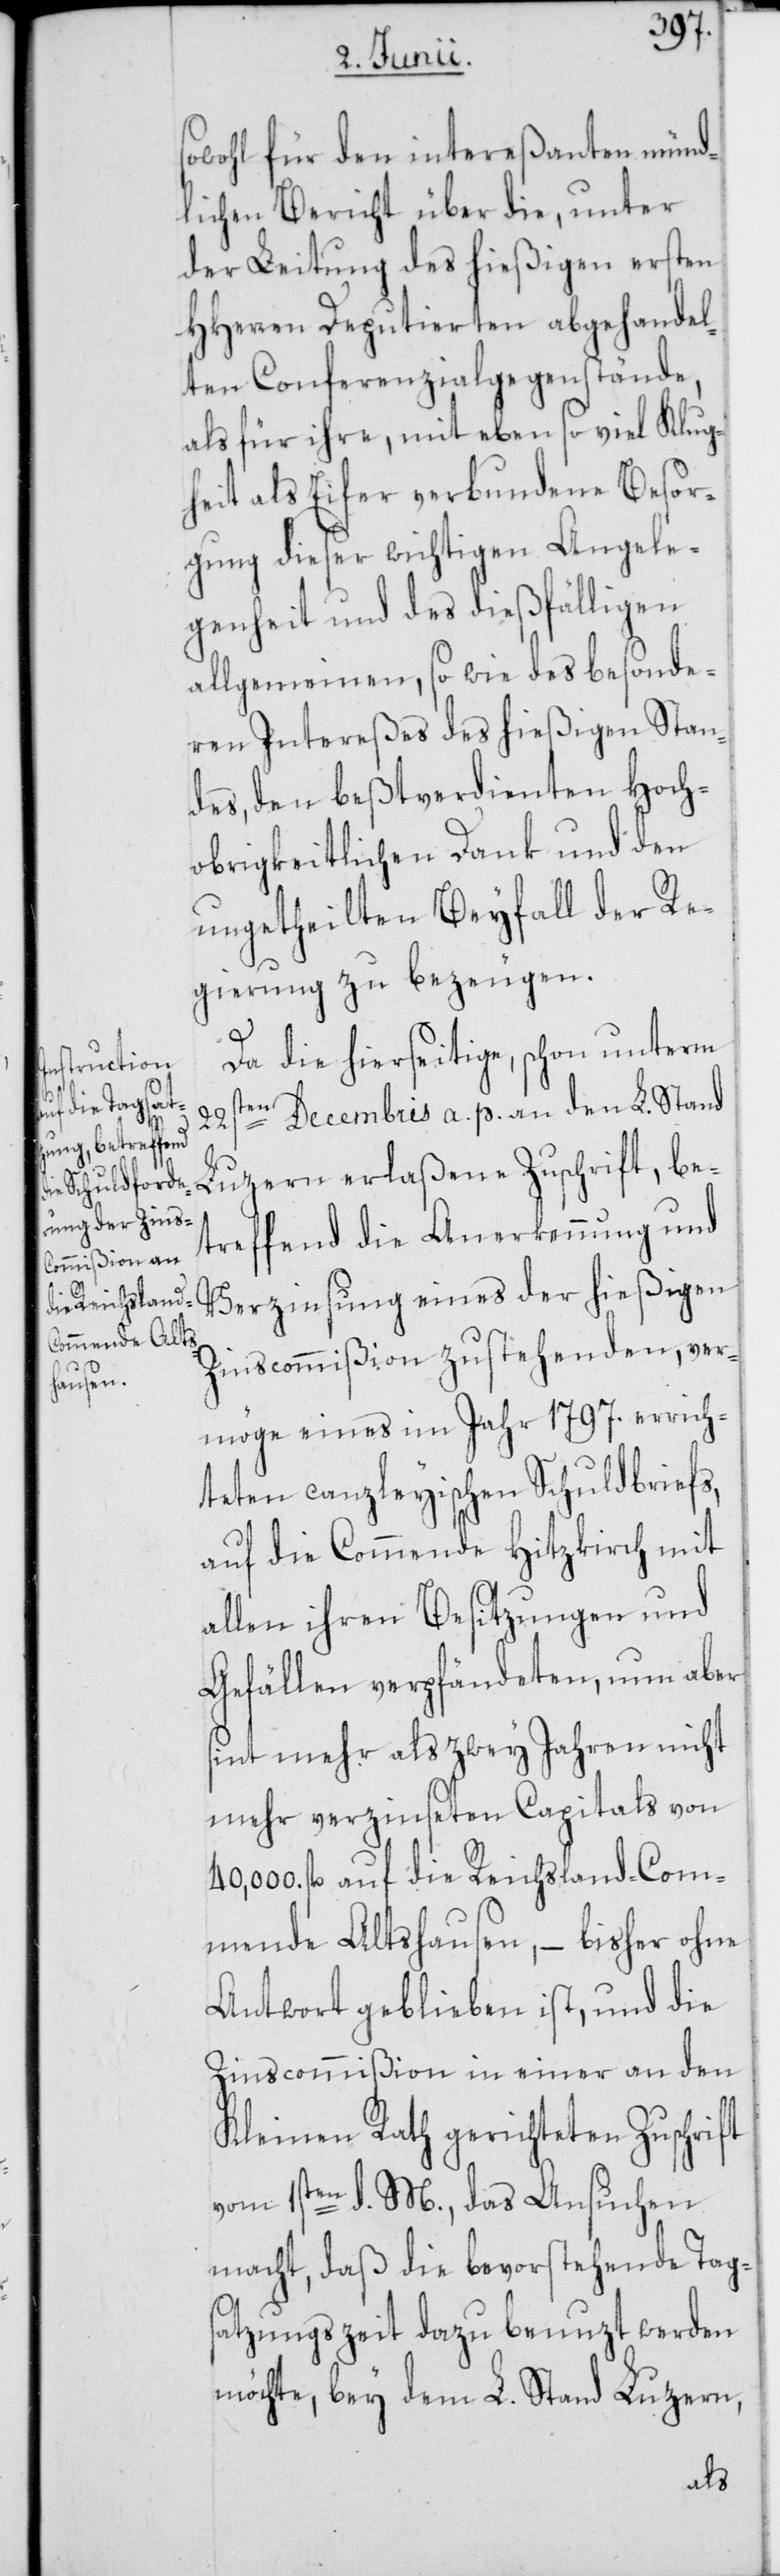
[sic!] für den intereßanten münd¬
lichen Bericht über die, unter
der Leitung des hießigen ersten
HHerren Deputierten abgehandel¬
ten Conferenzialgegenstände,
als für ihre, mit eben so viel Klug¬
heit als Eifer verbundene Besor¬
gung dieser wichtigen Angele¬
genheit und des dießfälligen
allgemeinen, so wie des besonde¬
ren Intereßes des hießigen Stan¬
des, den bestverdienten Hoch¬
obrigkeitlichen Dank und den
ungetheilten Beyfall der Re¬
gierung zu bezeugen.
Da die hierseitige, schon unterm
22sten Decembris a. p. an den L. Stand
Luzern erlaßene Zuschrift, be¬
treffend die Anerkennung und
Verzinsung eines der hießigen
Zinscommißion zustehenden, ver¬
möge eines im Jahr 1797. errich¬
teten canzleyischen Schuldbriefs,
auf die Commende Hitzkirch mit
allen ihren Besitzungen und
Gefällen verpfändeten, nun aber
sint mehr als zwey Jahren nicht
mehr verzinseten Capitals von
40,000 fl. auf die Reichsland-Com¬
mende Altshausen, – bisher ohne
Antwort geblieben ist, und die
Zinscommißion in einer an den
Kleinen Rath gerichteten Zuschrift
vom 1sten d. M., das Ansuchen
macht, daß die bevorstehende Tag¬
satzungszeit dazu benuzt werden
möchte, bey dem L. Stand Luzern,